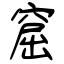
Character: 窟